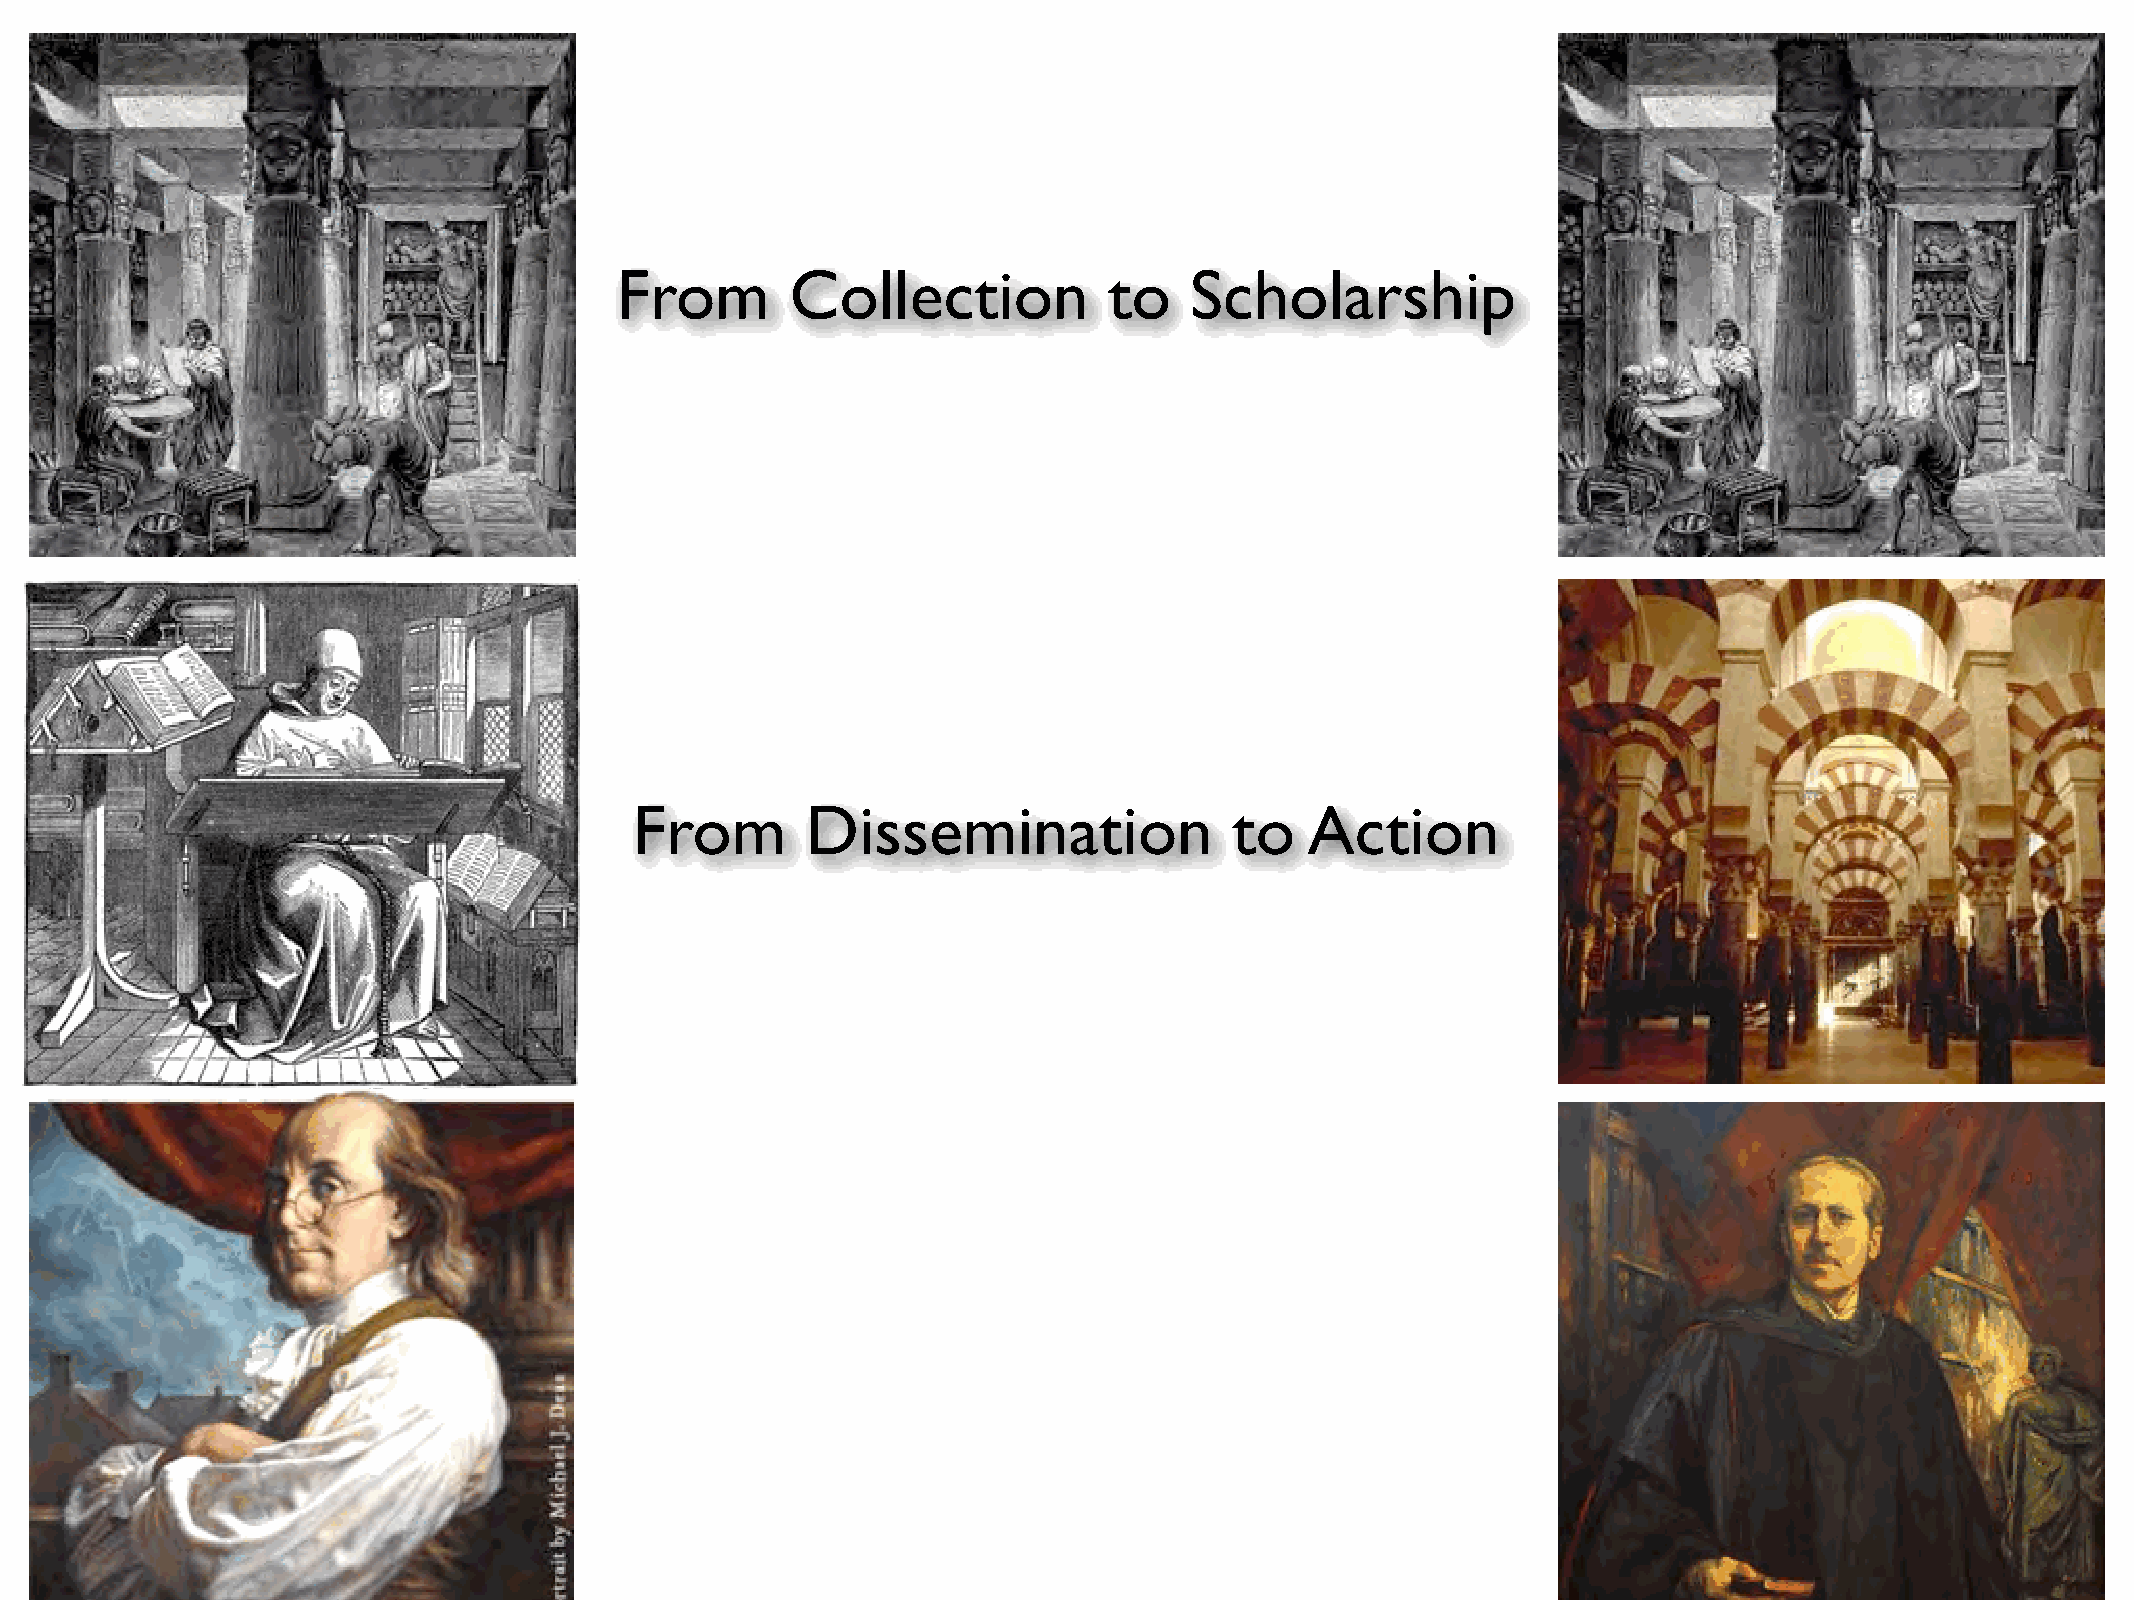
From       Collection           to    Scholarship
 From       Dissemination                to   Action